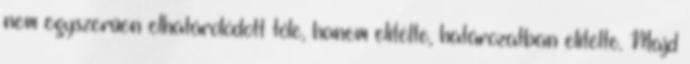
nem egyszerűen elhatárolódott tőle, hanem elítélte, határozatban elítélte. Majd